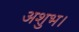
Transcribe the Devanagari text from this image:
अशुभ।